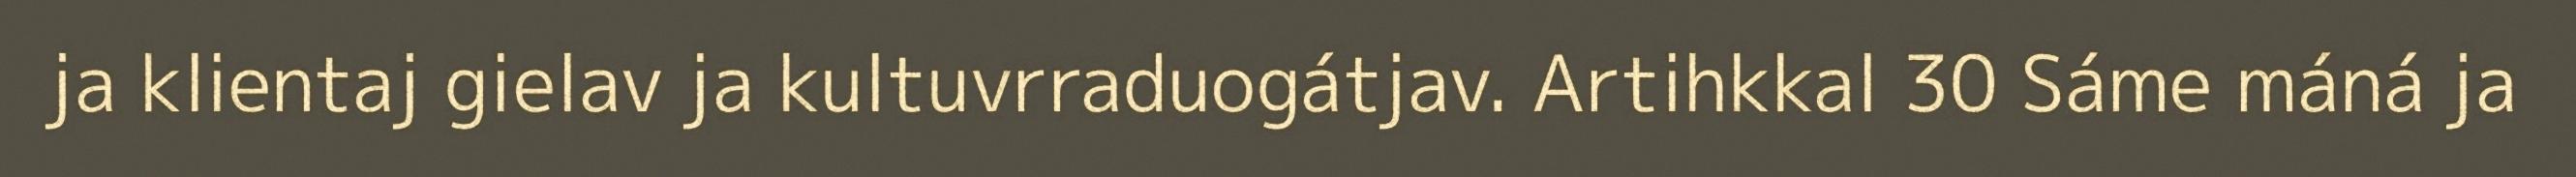
ja klientaj gielav ja kultuvrraduogátjav. Artihkkal 30 Sáme máná ja